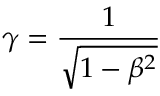
\gamma = { \frac { 1 } { \sqrt { 1 - \beta ^ { 2 } } } }